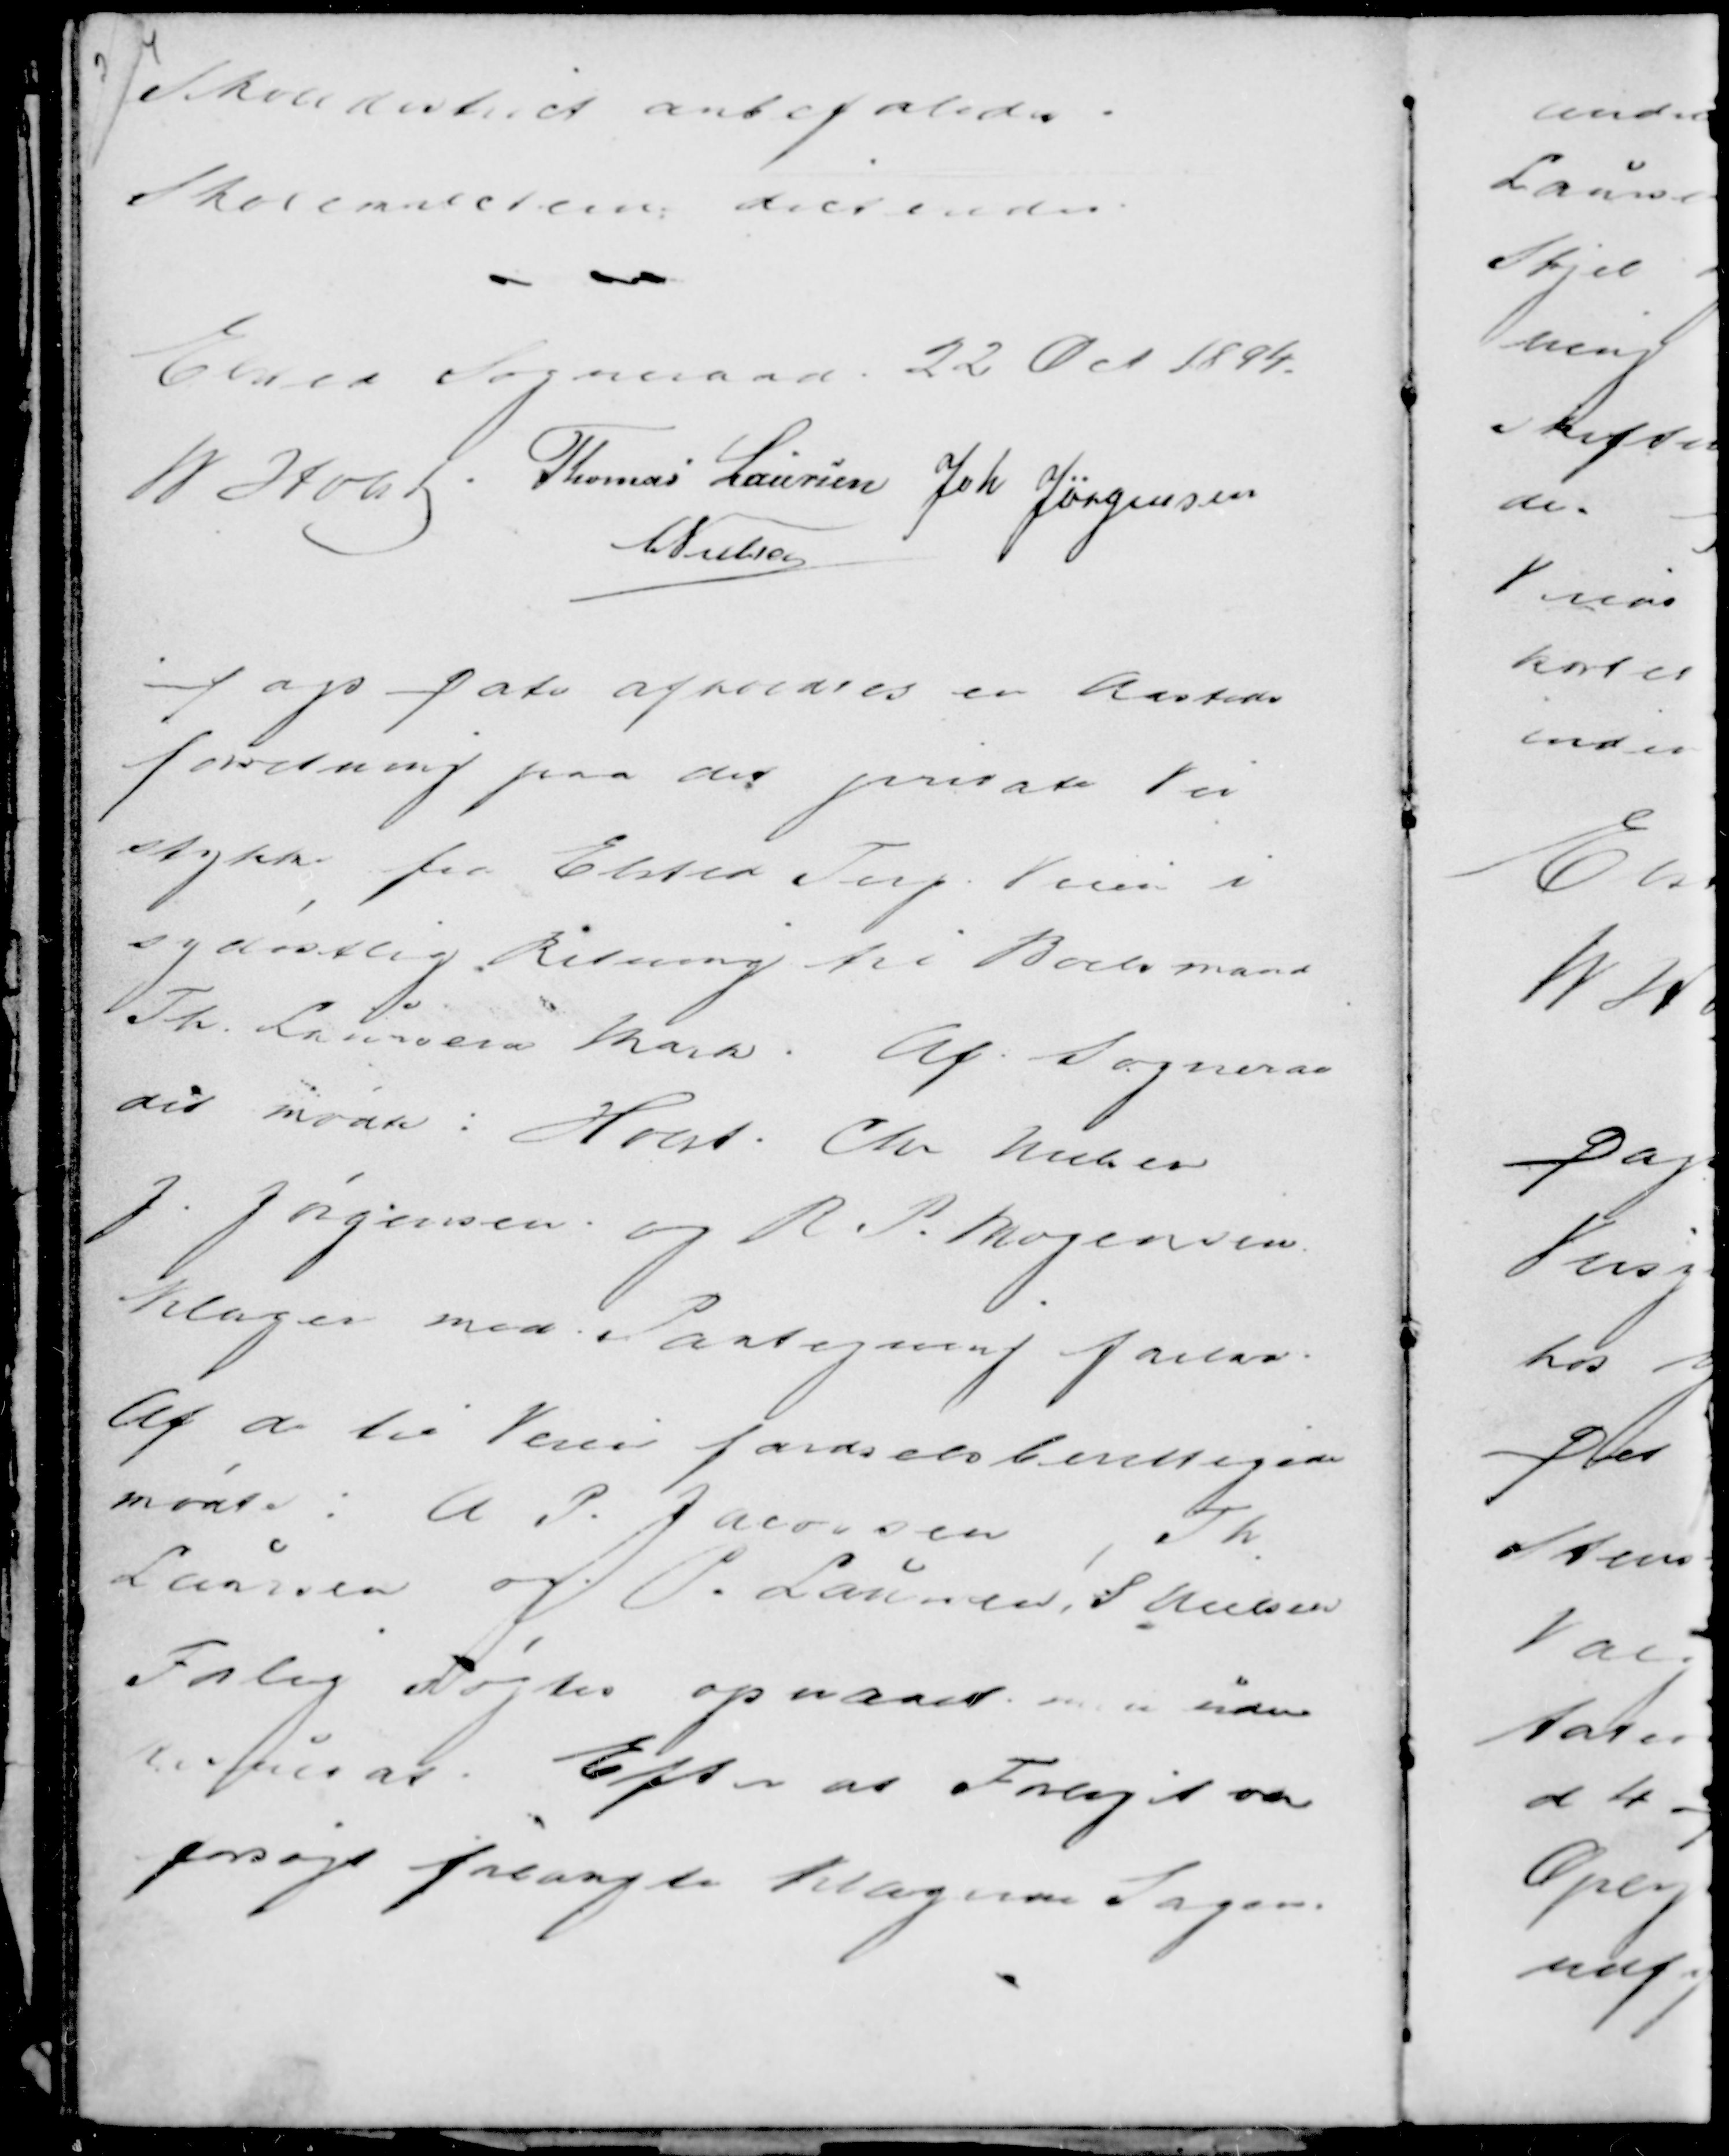
Transskription:
Skoledistrict anbefaledes.
Skolemulkterne dikteredes.

Elsted Sogneraad 22 Oct 1894.
M Holst Thomas Laursen
Joh Jørgensen
C Nielsen

Dags Dato oprettedes en Aasteds
forretning paa det private Vei
stykke fra Elsted Terp Veien i
sydøstlig Retning til Boelsmand
Th. Laursen Mark. Af Sogneraa-
det mødte: Holst Chr Nielsen
J. Jørgensen og R. P. Mogensen.
Klager mod Paategning forelaa.
Af de til Veien færdselsberettigede
mødte: A P. Jacobsen, T.H.
Laursen og P. Laursen, S Nielsen
Forlig søgtes opnaaet men uden
Resultat Efter at Forliget var
forsøgt forlangte klagerne Sagen.